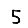
Digit: 5